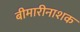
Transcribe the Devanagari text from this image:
बीमारीनाशक